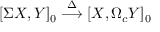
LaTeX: [ \Sigma X , Y ] _ { 0 } \stackrel { \Delta } { \longrightarrow } [ X , \Omega _ { c } Y ] _ { 0 }